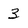
Character: 3